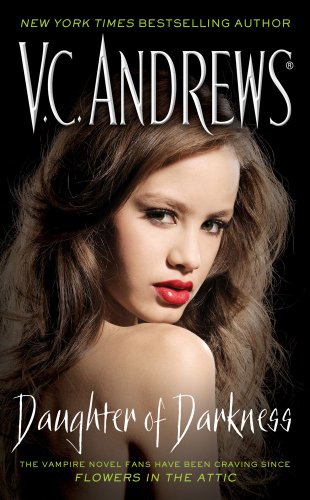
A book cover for Daughter of Darkness; V.C. Andrews; Science Fiction & Fantasy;